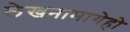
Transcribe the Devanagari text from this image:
लेखनामागेही